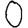
Digit: 0